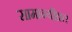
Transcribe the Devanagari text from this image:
सामान्यीक्र्त